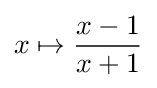
x\mapsto {\frac {x-1}{x+1}}